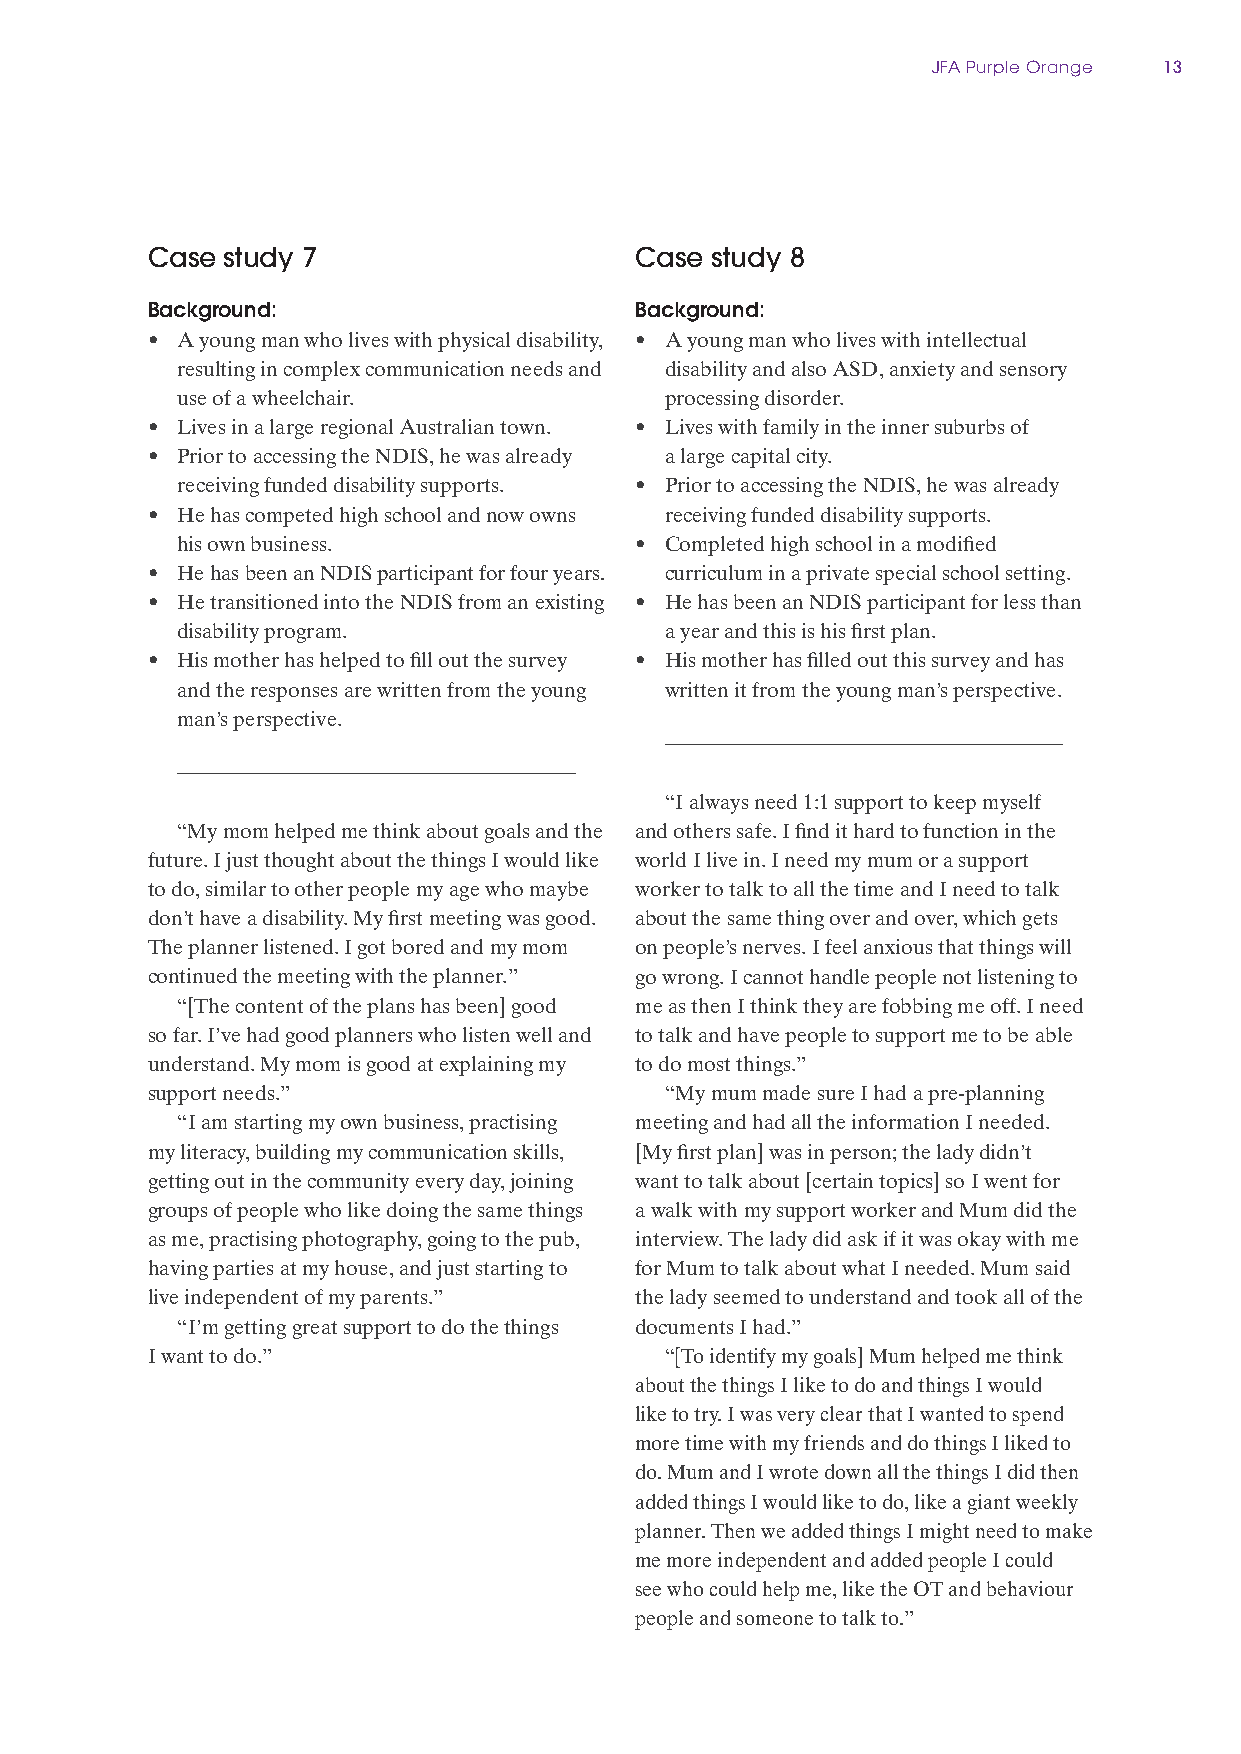
JFA Purple Orange 13
 Case study 7                    Case study 8
 Background:                     Background:
 • A young man who lives with physical disability, • A young man who lives with intellectual
 resulting in complex communication needs and disability and also ASD, anxiety and sensory
 use of a wheelchair.            processing disorder.
 • Lives in a large regional Australian town. • Lives with family in the inner suburbs of
 • Prior to accessing the NDIS, he was already a large capital city.
 receiving funded disability supports. • Prior to accessing the NDIS, he was already
 • He has competed high school and now owns receiving funded disability supports.
 his own business.             • Completed high school in a modified
 • He has been an NDIS participant for four years. curriculum in a private special school setting.
 • He transitioned into the NDIS from an existing • He has been an NDIS participant for less than
 disability program.             a year and this is his first plan.
 • His mother has helped to fill out the survey • His mother has filled out this survey and has
 and the responses are written from the young written it from the young man’s perspective.
 man’s perspective.
 “I always need 1:1 support to keep myself
 “My mom helped me think about goals and the and others safe. I find it hard to function in the
 future. I just thought about the things I would like world I live in. I need my mum or a support
 to do, similar to other people my age who maybe worker to talk to all the time and I need to talk
 don’t have a disability. My first meeting was good. about the same thing over and over, which gets
 The planner listened. I got bored and my mom on people’s nerves. I feel anxious that things will
 continued the meeting with the planner.” go wrong. I cannot handle people not listening to
 “[The content of the plans has been] good me as then I think they are fobbing me off. I need
 so far. I’ve had good planners who listen well and to talk and have people to support me to be able
 understand. My mom is good at explaining my to do most things.”
 support needs.”                   “My mum made sure I had a pre‑planning
 “I am starting my own business, practising meeting and had all the information I needed.
 my literacy, building my communication skills, [My first plan] was in person; the lady didn’t
 getting out in the community every day, joining want to talk about [certain topics] so I went for
 groups of people who like doing the same things a walk with my support worker and Mum did the
 as me, practising photography, going to the pub, interview. The lady did ask if it was okay with me
 having parties at my house, and just starting to for Mum to talk about what I needed. Mum said
 live independent of my parents.” the lady seemed to understand and took all of the
 “I’m getting great support to do the things documents I had.”
 I want to do.”                    “[To identify my goals] Mum helped me think
 about the things I like to do and things I would
 like to try. I was very clear that I wanted to spend
 more time with my friends and do things I liked to
 do. Mum and I wrote down all the things I did then
 added things I would like to do, like a giant weekly
 planner. Then we added things I might need to make
 me more independent and added people I could
 see who could help me, like the OT and behaviour
 people and someone to talk to.”